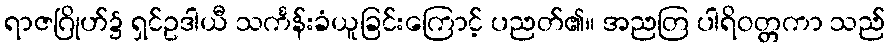
ရာဇဂြိုဟ်၌ ရှင်ဥဒါယီ သင်္ကန်းခံယူခြင်းကြောင့် ပညတ်၏။ အညတြ ပါရိဝတ္တကာ သည်